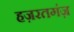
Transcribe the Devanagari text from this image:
हज़रतगंज़